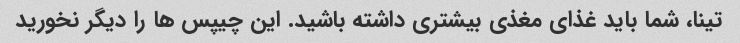
تینا، شما باید غذای مغذی بیشتری داشته باشید. این چیپس ها را دیگر نخورید